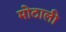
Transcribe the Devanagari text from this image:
माेठाली